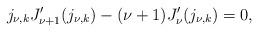
LaTeX: \begin{align*}{j_{\nu,k}}{J}_{\nu+1}'(j_{\nu,k})-(\nu+1){J}_{\nu}'(j_{\nu,k})=0,\end{align*}